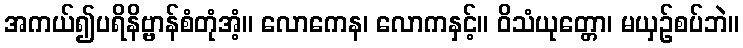
အကယ်၍ပရိနိဗ္ဗာန်စံတုံအံ့။ လောကေန၊ လောကနှင့်။ ဝိသံယုတ္တော၊ မယှဉ်စပ်ဘဲ။